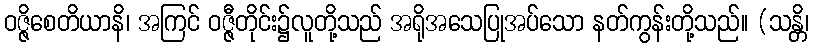
ဝဇ္ဇိစေတိယာနိ၊ အကြင် ဝဇ္ဇီတိုင်း၌လူတို့သည် အရိုအသေပြုအပ်သော နတ်ကွန်းတို့သည်။ (သန္တိ၊